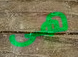
هى